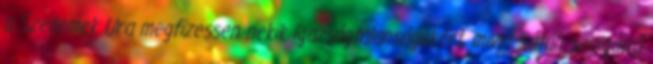
a Szellemek Ura megfizessen nekik igazságtalanságukért, mivel Sátán szolgáivá